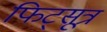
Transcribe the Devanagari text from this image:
फिट्सूत्र